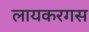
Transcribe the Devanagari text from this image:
लायकरगस